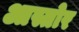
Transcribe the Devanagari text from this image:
आस्तोर